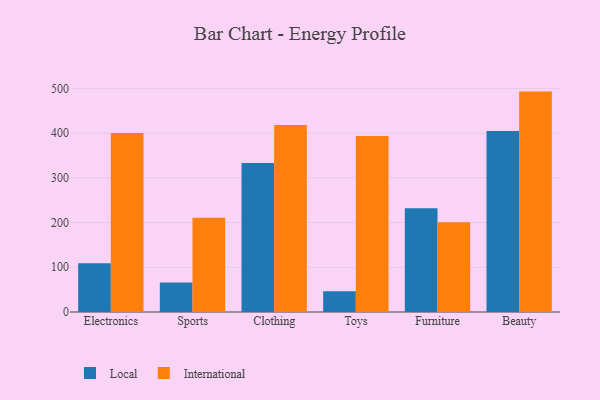
{"axis": {"x": "Category", "y": "Satisfaction Score"}, "legend": ["International", "Local"], "data": [{"x": "Electronics", "y": 109.1, "type": "Local"}, {"x": "Electronics", "y": 399.9, "type": "International"}, {"x": "Sports", "y": 66.0, "type": "Local"}, {"x": "Sports", "y": 210.5, "type": "International"}, {"x": "Clothing", "y": 332.9, "type": "Local"}, {"x": "Clothing", "y": 418.2, "type": "International"}, {"x": "Toys", "y": 46.6, "type": "Local"}, {"x": "Toys", "y": 393.4, "type": "International"}, {"x": "Furniture", "y": 231.7, "type": "Local"}, {"x": "Furniture", "y": 200.4, "type": "International"}, {"x": "Beauty", "y": 404.5, "type": "Local"}, {"x": "Beauty", "y": 492.7, "type": "International"}]}